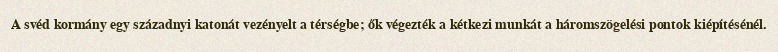
A svéd kormány egy századnyi katonát vezényelt a térségbe; ők végezték a kétkezi munkát a háromszögelési pontok kiépítésénél.